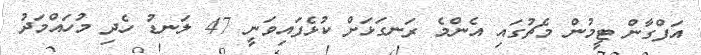
އަފްގާން ޓީމުން މެޗުގައި އެންމެ ރަނގަޅަށް ކުޅެފައިވަނީ 47 ލަނޑު ހެދި މުހައްމަދު